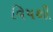
વિષથી